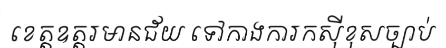
ខេត្តឧត្តរមានជ័យ ទៅកាងការកស៊ីខុសច្បាប់